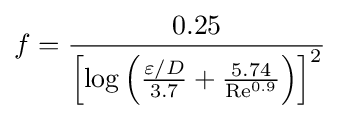
f={\frac {0.25}{\left[\log \left({\frac {\varepsilon /D}{3.7}}+{\frac {5.74}{\mathrm {Re} ^{0.9}}}\right)\right]^{2}}}